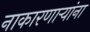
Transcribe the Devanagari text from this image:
नाकारणार्‍यांना